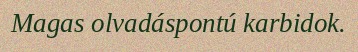
Magas olvadáspontú karbidok.